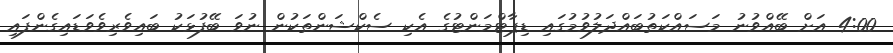
4:00 އަށް ބޭއްވުނު މަސައްކަތުބައްދަލުވުމުގައި ޑިޕާޓްމަންޓުގެ އެކި ސެކްޝަންތަކުން ނުވަ ބޭފުޅަކު ބައިވެރިވެވަޑައިގެންފައި